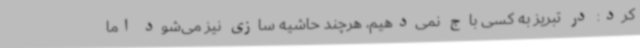
کرد: در تبریز به کسی باج نمی‌دهیم، هرچند حاشیه سازی نیز می‌شود اما